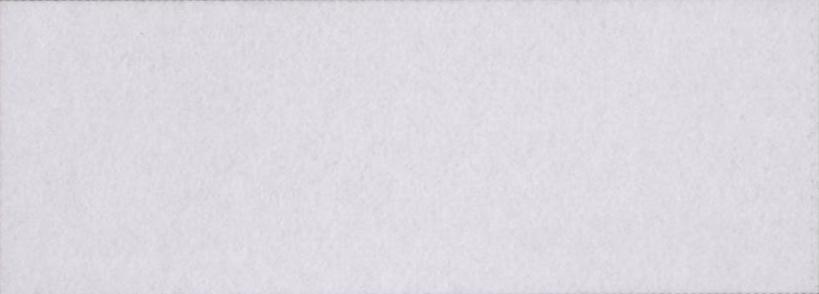
गर्मागर्म